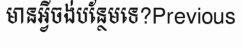
មានអ្វីចង់បន្ថែមទេ?Previous